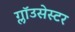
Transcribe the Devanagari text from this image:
ग्लॉउसेस्टर